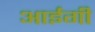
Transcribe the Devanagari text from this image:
आईगी